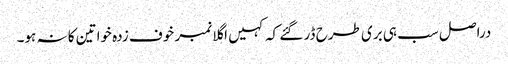
دراصل سب ہی بری طرح ڈر گئے کہ کہیں اگلا نمبر خوف زدہ خواتین کا نہ ہو۔